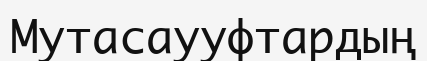
Мутасаууфтардың